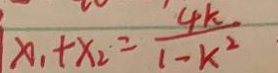
x _ { 1 } + x _ { 2 } = \frac { 4 k } { 1 - k ^ { 2 } }